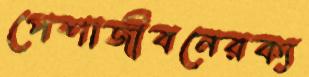
পেশাজীবনেরক্য